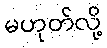
မဟုတ်လို့